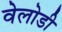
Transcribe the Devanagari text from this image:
वेलोडी